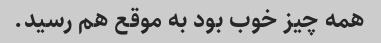
همه چیز خوب بود به موقع هم رسید.